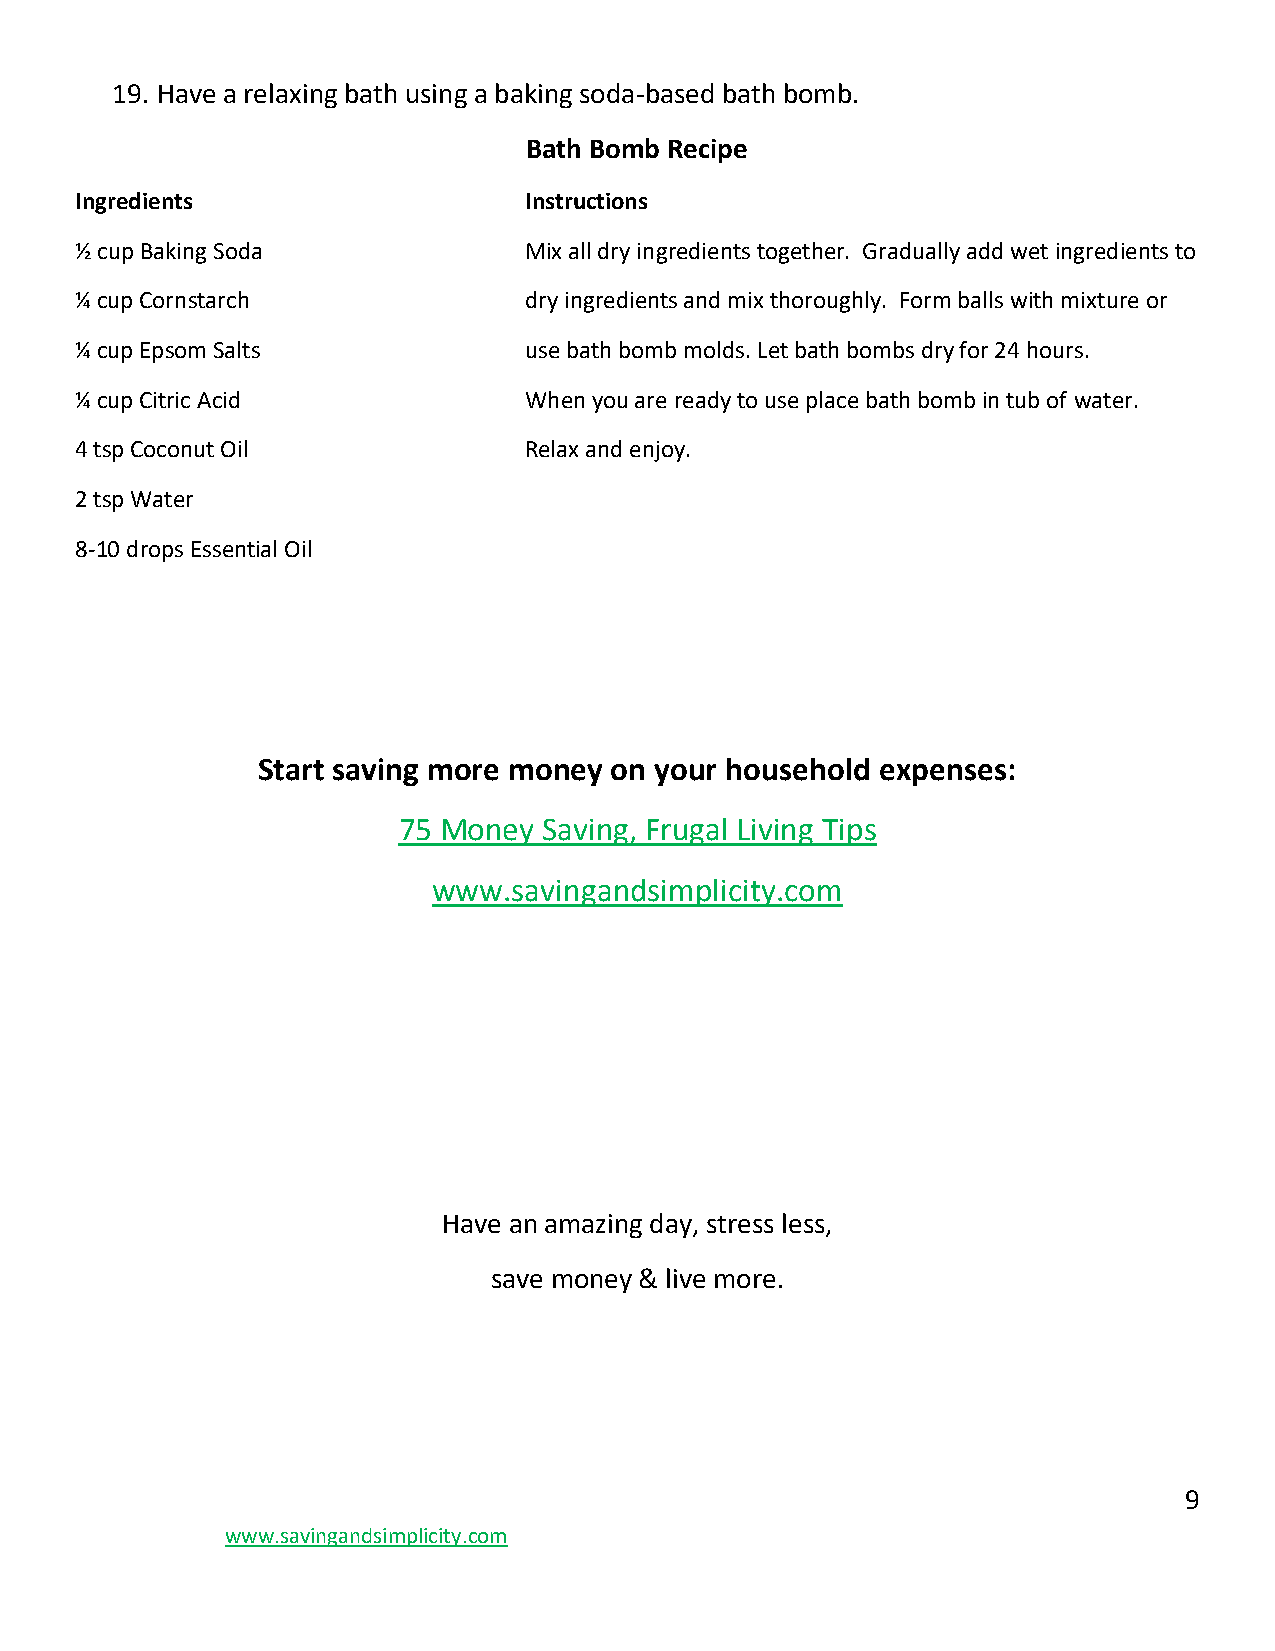
19. Have a relaxing bath using a baking soda-based bath bomb.
 Bath Bomb Recipe
 Ingredients                   Instructions
 ½ cup Baking Soda             Mix all dry ingredients together. Gradually add wet ingredients to
 ¼ cup Cornstarch              dry ingredients and mix thoroughly. Form balls with mixture or
 ¼ cup Epsom Salts             use bath bomb molds. Let bath bombs dry for 24 hours.
 ¼ cup Citric Acid             When you are ready to use place bath bomb in tub of water.
 4 tsp Coconut Oil             Relax and enjoy.
 2 tsp Water
 8-10 drops Essential Oil
 Start saving more money on your household expenses:
 75 Money  Saving, Frugal Living Tips
 www.savingandsimplicity.com
 Have an amazing day, stress less,
 save money & live more.
 9
 www.savingandsimplicity.com